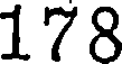
178